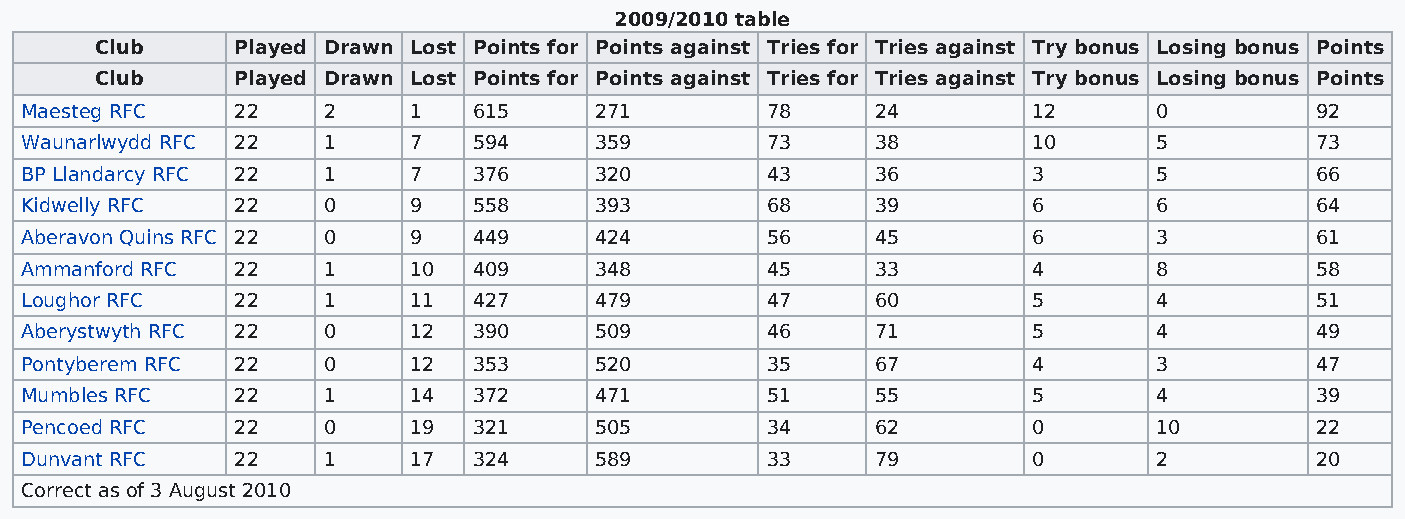
2009/2010 table
 Club      Played Drawn Lost Points for Points against Tries for Tries against Try bonus Losing bonus Points
 Club      Played Drawn Lost Points for Points against Tries for Tries against Try bonus Losing bonus Points
 Maesteg RFC    22   2     1   615     271         78     24        12       0         92
 Waunarlwydd RFC 22  1     7   594     359         73     38        10       5         73
 BP Llandarcy RFC 22 1     7   376     320         43     36        3        5         66
 Kidwelly RFC   22   0     9   558     393         68     39        6        6         64
 Aberavon Quins RFC 22 0   9   449     424         56     45        6        3         61
 Ammanford RFC  22   1     10  409     348         45     33        4        8         58
 Loughor RFC    22   1     11  427     479         47     60        5        4         51
 Aberystwyth RFC 22  0     12  390     509         46     71        5        4         49
 Pontyberem RFC 22   0     12  353     520         35     67        4        3         47
 Mumbles RFC    22   1     14  372     471         51     55        5        4         39
 Pencoed RFC    22   0     19  321     505         34     62        0        10        22
 Dunvant RFC    22   1     17  324     589         33     79        0        2         20
 Correct as of 3 August 2010